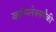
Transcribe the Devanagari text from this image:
कॉम्प्लेक्सपैकी